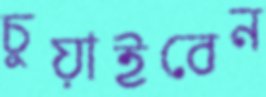
চুয়াইবেন